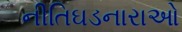
નીતિઘડનારાઓ